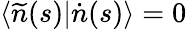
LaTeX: \langle\widetilde{n}(s)|\dot{n}(s)\rangle=0